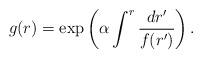
LaTeX: \begin{align*}g(r) = \exp\left( \alpha \int^r {dr'\over f(r')} \right). \end{align*}